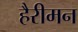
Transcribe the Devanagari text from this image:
हैरीमन